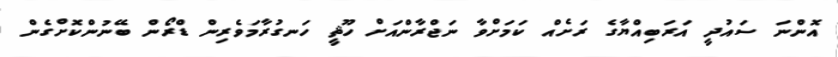
އޮންނަ ސައުދީ އަރަބިއްޔާގެ ރަށެއް ކަމަށްވާ ނަޖްރާންއަށް ހޫޘީ ހަނގުރާމަވެރިން ޑްރޯން ބޭނުންކޮށްގެން